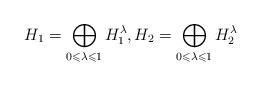
LaTeX: \begin{align*}H_1 = \bigoplus_{0\leqslant\lambda\leqslant 1} H_1^\lambda, H_2 = \bigoplus_{0\leqslant\lambda\leqslant 1} H_2^\lambda\end{align*}